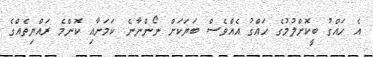
އެ ހައްގު ބީކޮށްލުމުގެ ހައްގު އެއްވެސް ބަޔަކަށް ނޯންނާނެ ކަމަށާއި ކޮންްމެ ރައްޔިތެއްގެ